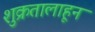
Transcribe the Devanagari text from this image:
शुक्रतालाहून